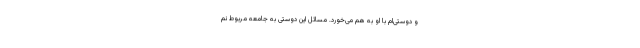
و دوستی‌ام با او به هم می‌خورد. مسائل این دوستی به جامعه مربوط نم